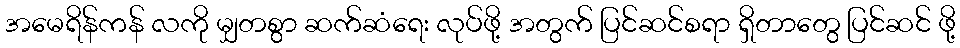
အမေရိန်ကန် လကို မျှတစွာ ဆက်ဆံရေး လုပ်ဖို့ အတွက် ပြင်ဆင်စရာ ရှိတာတွေ ပြင်ဆင် ဖို့